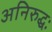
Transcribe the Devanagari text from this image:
अनिरुद्धः